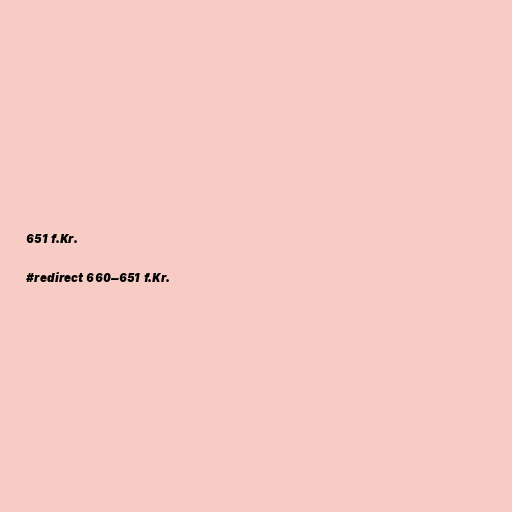
651 f.Kr.

#redirect 660–651 f.Kr.